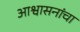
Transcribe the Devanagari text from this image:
आश्वासनांचा